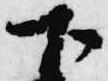
下